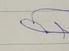
Signature authenticity: forged